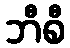
ဘီစီ